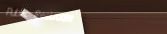
Public Restroom